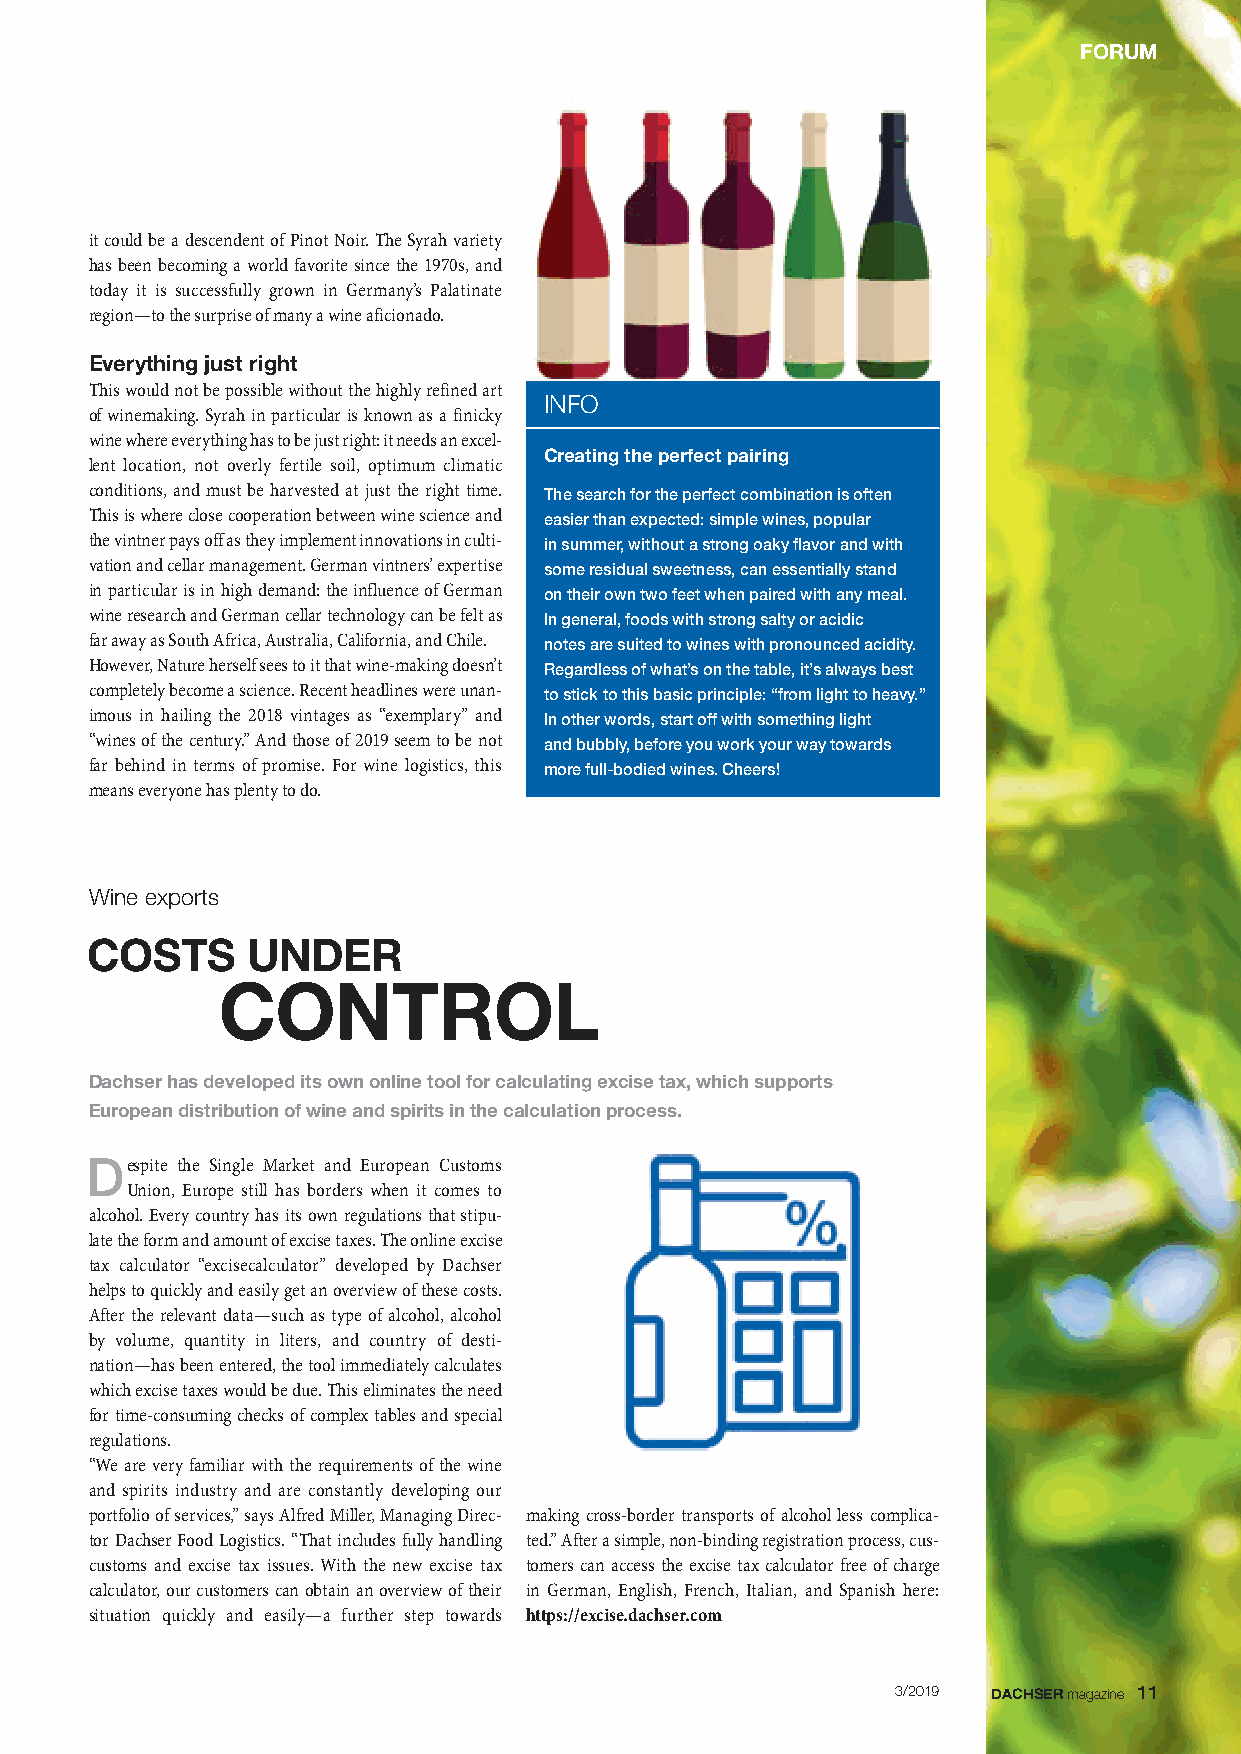
FORUM
 it could be a descendent of Pinot Noir. The Syrah variety
 has been becoming a world favorite since the 1970s, and
 today it is successfully grown in Germany’s Palatinate
 region—to the surprise of many a wine aficionado.
 Everything just right
 This would not be possible without the highly refined art
 INFO
 of winemaking. Syrah in particular is known as a finicky
 wine where everything has to be just right: it needs an excel-
 Creating the perfect pairing
 lent location, not overly fertile soil, optimum climatic
 conditions, and must be harvested at just the right time. The search for the perfect combination is often
 This is where close cooperation between wine science and easier than expected: simple wines, popular
 the vintner pays off as they implement innovations in culti- in summer, without a strong oaky flavor and with
 vation and cellar management. German vintners’ expertise some residual sweetness, can essentially stand
 in particular is in high demand: the influence of German on their own two feet when paired with any meal.
 wine research and German cellar technology can be felt as In general, foods with strong salty or acidic
 far away as South Africa, Australia, California, and Chile. notes are suited to wines with pronounced acidity.
 However, Nature herself sees to it that wine-making doesn’t Regardless of what’s on the table, it’s always best
 completely become a science. Recent headlines were un an - to stick to this basic principle: “from light to heavy.”
 imous in hailing the 2018 vintages as “exemplary” and In other words, start off with something light
 “wines of the century.” And those of 2019 seem to be not and bubbly, before you work your way towards
 far behind in terms of promise. For wine logistics, this more full-bodied wines. Cheers!
 means everyone has plenty to do.
 Wine exports
 COSTS     UNDER
 CONTROL
 Dachser has developed its own online tool for calculating excise tax, which supports
 European distribution of wine and spirits in the calculation process.
 Despite the Single Market and European Customs
 Union, Europe still has borders when it comes to
 alcohol. Every country has its own regulations that stipu -
 late the form and amount of excise taxes. The online excise
 tax calculator “excisecalculator” developed by Dachser
 helps to quickly and easily get an overview of these costs.
 After the relevant data—such as type of alcohol, alcohol
 by volume, quantity in liters, and country of desti -
 nation—has been entered, the tool immediately calculates
 which excise taxes would be due. This eliminates the need
 for time-consuming checks of complex tables and special
 regulations.
 “We are very familiar with the requirements of the wine
 and spirits industry and are constantly develop ing our
 portfolio of services,” says Alfred Miller, Managing Direc - making cross-border transports of alcohol less compli ca -
 tor Dachser Food Logistics. “That includes fully handling ted.” After a simple, non-binding registration process, cus-
 customs and excise tax issues. With the new excise tax tomers can access the excise tax calculator free of charge
 calculator, our customers can obtain an over view of their in German, English, French, Italian, and Spanish here:
 situation quickly and easily—a further step towards https://excise.dachser.com
 3/2019 DACHSERmagazine 11